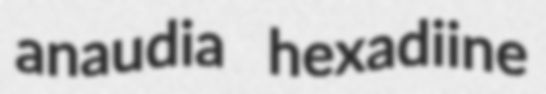
anaudia hexadiine